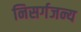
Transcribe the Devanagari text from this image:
निसर्गजन्य